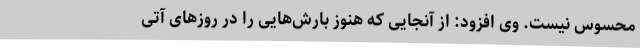
محسوس نیست. وی افزود: از آنجایی که هنوز بارش‌هایی را در روزهای آتی